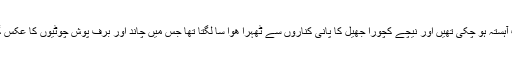
تیز ہوائیں اب آہستہ ہو چکی تھیں اور نیچے کچورا جھیل کا پانی کناروں سے ٹھہرا ھوا سا لگتا تھا جس میں چاند اور برف پوش چوٹیوں کا عکس گھُلتا جاتا تھا۔